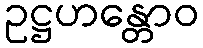
ဥဋ္ဌဟန္တောဝ